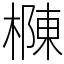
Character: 樄